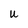
Character: U